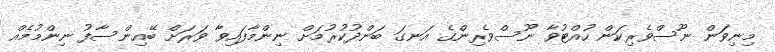
މިނިވަން ނޫސްވެރިކަން ހުއްޓުވާ ނޫސްވެރިންގެ އަނގަ ބަންދުކުރުމަށް ނިންމާފައިވާ ވަރަށް ބޭއިންސާފު ނިންމުމެއް